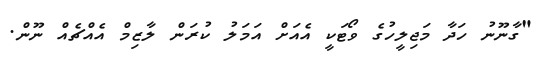
"ގާނޫނު ހަދާ މަޖިލީހުގެ ވޯޓަކީ އެއަށް އަމަލު ކުރަން ލާޒިމް އެއްޗެއް ނޫން.